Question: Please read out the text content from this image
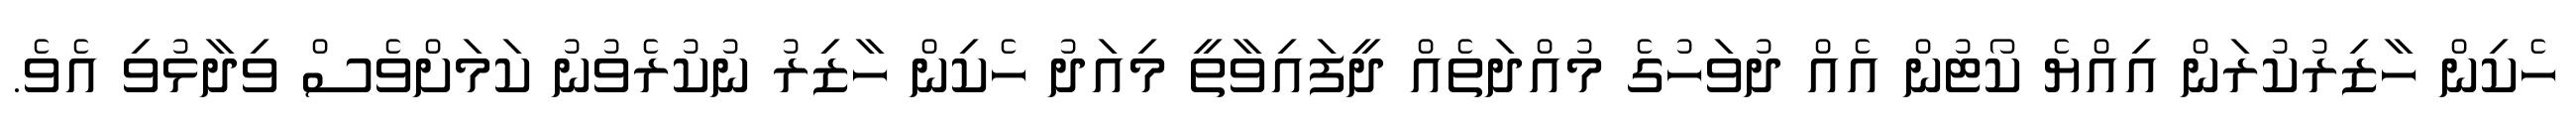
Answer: ހެކިން ހާޒިރުކުރަން އިއްޔެ ކޯޓުން އެއް ދުވަހުގެ މުއްދަތެއް ދީފައިވާތީ މިއަދު ހެކިން ހާޒިރު ނުކުރެވުނު ކަމަށްވެސް ވިދާޅުވި އެވެ.